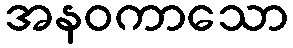
အနဝကာသော